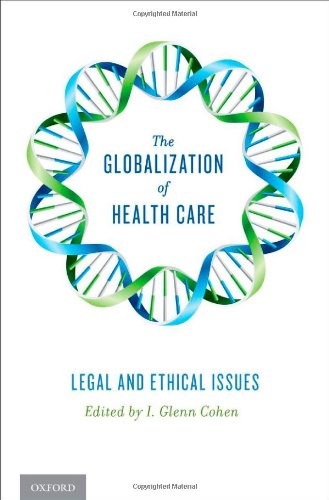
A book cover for The Globalization of Health Care: Legal and Ethical Issues; I. Glenn Cohen; Law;